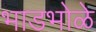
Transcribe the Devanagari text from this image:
भाडभोळे